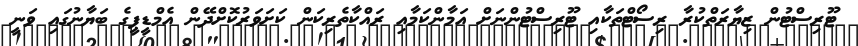
ޓޫރިސްޓުން ޒިޔާރަތްކުރާ ރިސޯޓްތަކާއި ޓޫރިސްޓުންނަށް އަމާންކަމާއި ރައްކާތެރިކަން ކަށަވަރުކޮށްދޭން އެމްޑީޕީގެ ބަޔާނުގައި ވަނީ